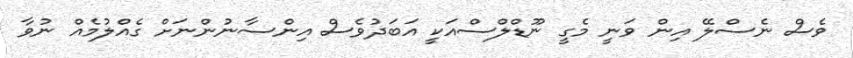
ވެސް ނެސްލޭ އިން ވަނީ މެގީ ނޫޑްލްސްއަކީ އަބަދުވެސް އިންސާނުންނަށް ގެއްލުމެއް ނުވާ